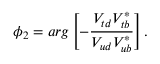
\phi _ { 2 } = a r g \left[ - \frac { V _ { t d } V _ { t b } ^ { * } } { V _ { u d } V _ { u b } ^ { * } } \right] .